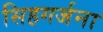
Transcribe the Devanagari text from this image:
सिहगर्जना